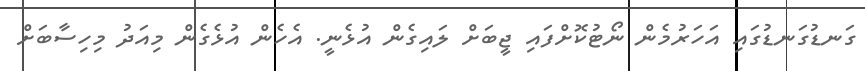
ގަނޑުގަނޑުގައި އަހަރުމެން ނޯޓުކޮށްފައި ޖީބަށް ލައިގެން އުޅެނީ. އެހެން އުޅެގެން މިއަދު މިހިސާބަށް